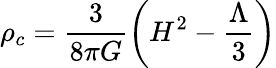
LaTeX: \rho_{c}=\frac{3}{8\pi G}\left(H^{2}-\frac{\Lambda}{3}\right)